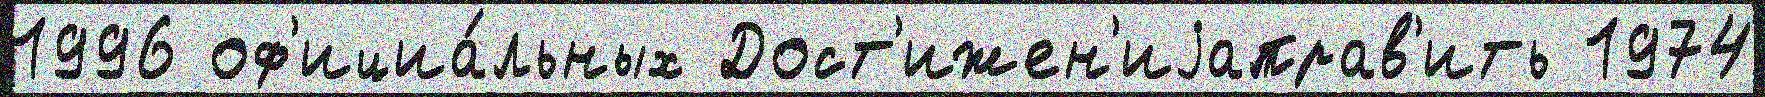
1996 оф'ициа́льных Дост'ижен'иjаправ'ить 1974